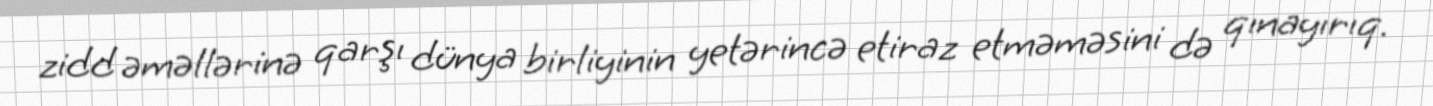
zidd əməllərinə qarşı dünya birliyinin yetərincə etiraz etməməsini də qınayırıq.